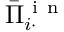
\bar { \Pi } _ { i \cdot } ^ { \mathrm { ~ i ~ n ~ } }